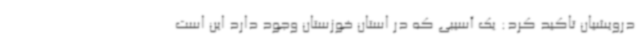
درویشیان تاکید کرد: یک آسیبی که در استان خوزستان وجود دارد این است